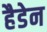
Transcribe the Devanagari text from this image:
हैडेन